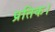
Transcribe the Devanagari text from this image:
प्रतिक।